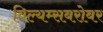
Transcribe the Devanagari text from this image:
विल्यम्सबरोबर